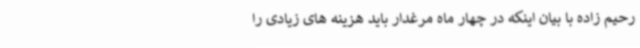
رحیم زاده با بیان اینکه در چهار ماه مرغدار باید هزینه های زیادی را